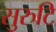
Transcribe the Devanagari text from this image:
सुरुटि